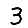
Digit: 3